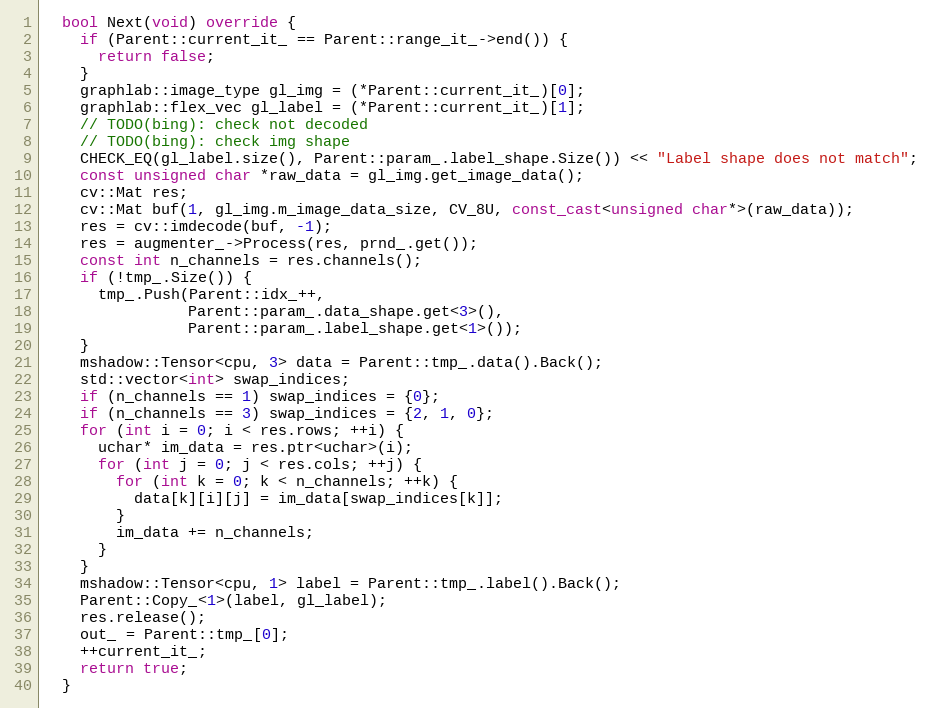
Language: C++
  bool Next(void) override {
    if (Parent::current_it_ == Parent::range_it_->end()) {
      return false;
    }
    graphlab::image_type gl_img = (*Parent::current_it_)[0];
    graphlab::flex_vec gl_label = (*Parent::current_it_)[1];
    // TODO(bing): check not decoded
    // TODO(bing): check img shape
    CHECK_EQ(gl_label.size(), Parent::param_.label_shape.Size()) << "Label shape does not match";
    const unsigned char *raw_data = gl_img.get_image_data();
    cv::Mat res;
    cv::Mat buf(1, gl_img.m_image_data_size, CV_8U, const_cast<unsigned char*>(raw_data));
    res = cv::imdecode(buf, -1);
    res = augmenter_->Process(res, prnd_.get());
    const int n_channels = res.channels();
    if (!tmp_.Size()) {
      tmp_.Push(Parent::idx_++,
                Parent::param_.data_shape.get<3>(),
                Parent::param_.label_shape.get<1>());
    }
    mshadow::Tensor<cpu, 3> data = Parent::tmp_.data().Back();
    std::vector<int> swap_indices;
    if (n_channels == 1) swap_indices = {0};
    if (n_channels == 3) swap_indices = {2, 1, 0};
    for (int i = 0; i < res.rows; ++i) {
      uchar* im_data = res.ptr<uchar>(i);
      for (int j = 0; j < res.cols; ++j) {
        for (int k = 0; k < n_channels; ++k) {
          data[k][i][j] = im_data[swap_indices[k]];
        }
        im_data += n_channels;
      }
    }
    mshadow::Tensor<cpu, 1> label = Parent::tmp_.label().Back();
    Parent::Copy_<1>(label, gl_label);
    res.release();
    out_ = Parent::tmp_[0];
    ++current_it_;
    return true;
  }